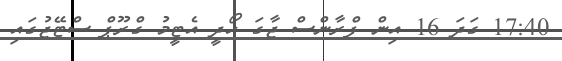
17:40 ގަދަ 16 އިން ފްރާންސް ޖާގަ ހޯދީ އެޓީމު ގްރޫޕް ސްޓޭޖުގައި